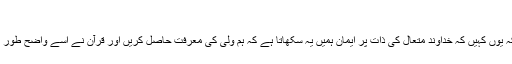
[1]
اہل تشیع کا نظریہ یہ ہے کہ "ولّى اللَّه" کی پہچان واجب ہے بلکہ یوں کہیں کہ خداوند متعال کی ذات پر ایمان ہمیں یہ سکھاتا ہے کہ ہم ولی کی معرفت حاصل کریں اور قرآن نے اسے واضح طور پر بیان کیا ہے کہ ولی کی معرفت یعنی توحید کی معرفت ہے۔